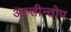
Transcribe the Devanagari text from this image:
अल्तीन्तोप